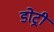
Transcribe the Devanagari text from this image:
डोट्री